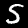
Label: 5